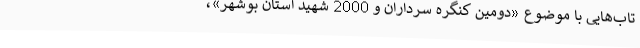
تاب‌هایی با موضوع «دومین کنگره سرداران و 2000 شهید استان بوشهر»،